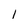
Character: 1